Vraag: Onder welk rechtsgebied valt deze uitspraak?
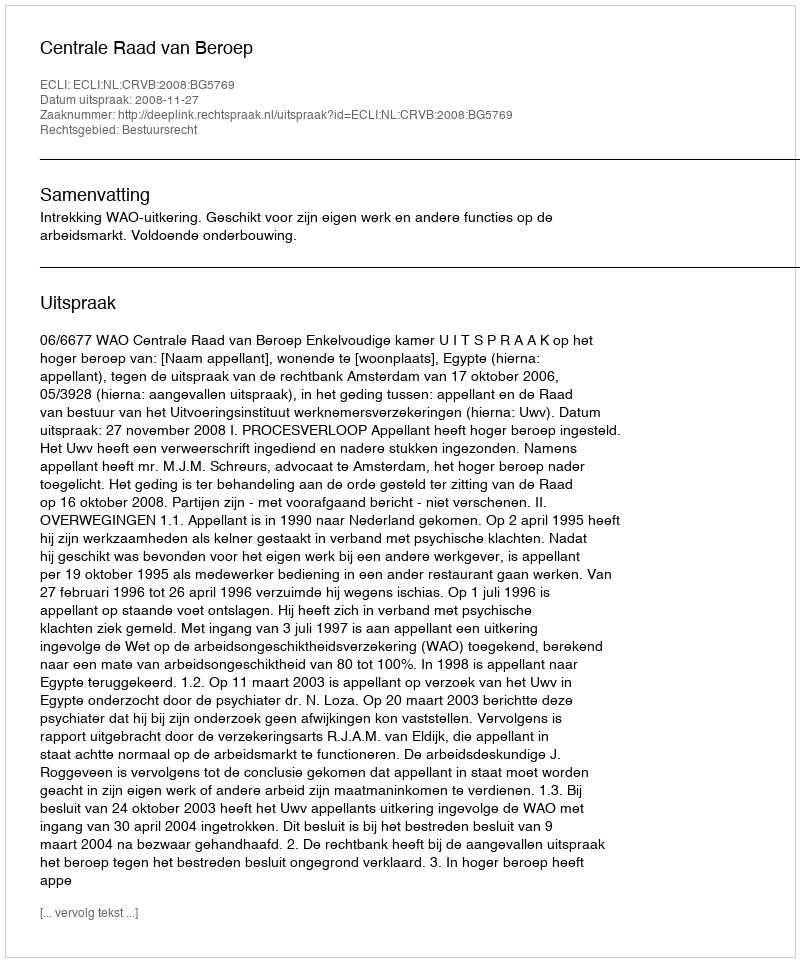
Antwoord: Bestuursrecht